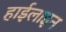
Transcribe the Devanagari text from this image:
हाईलाइन